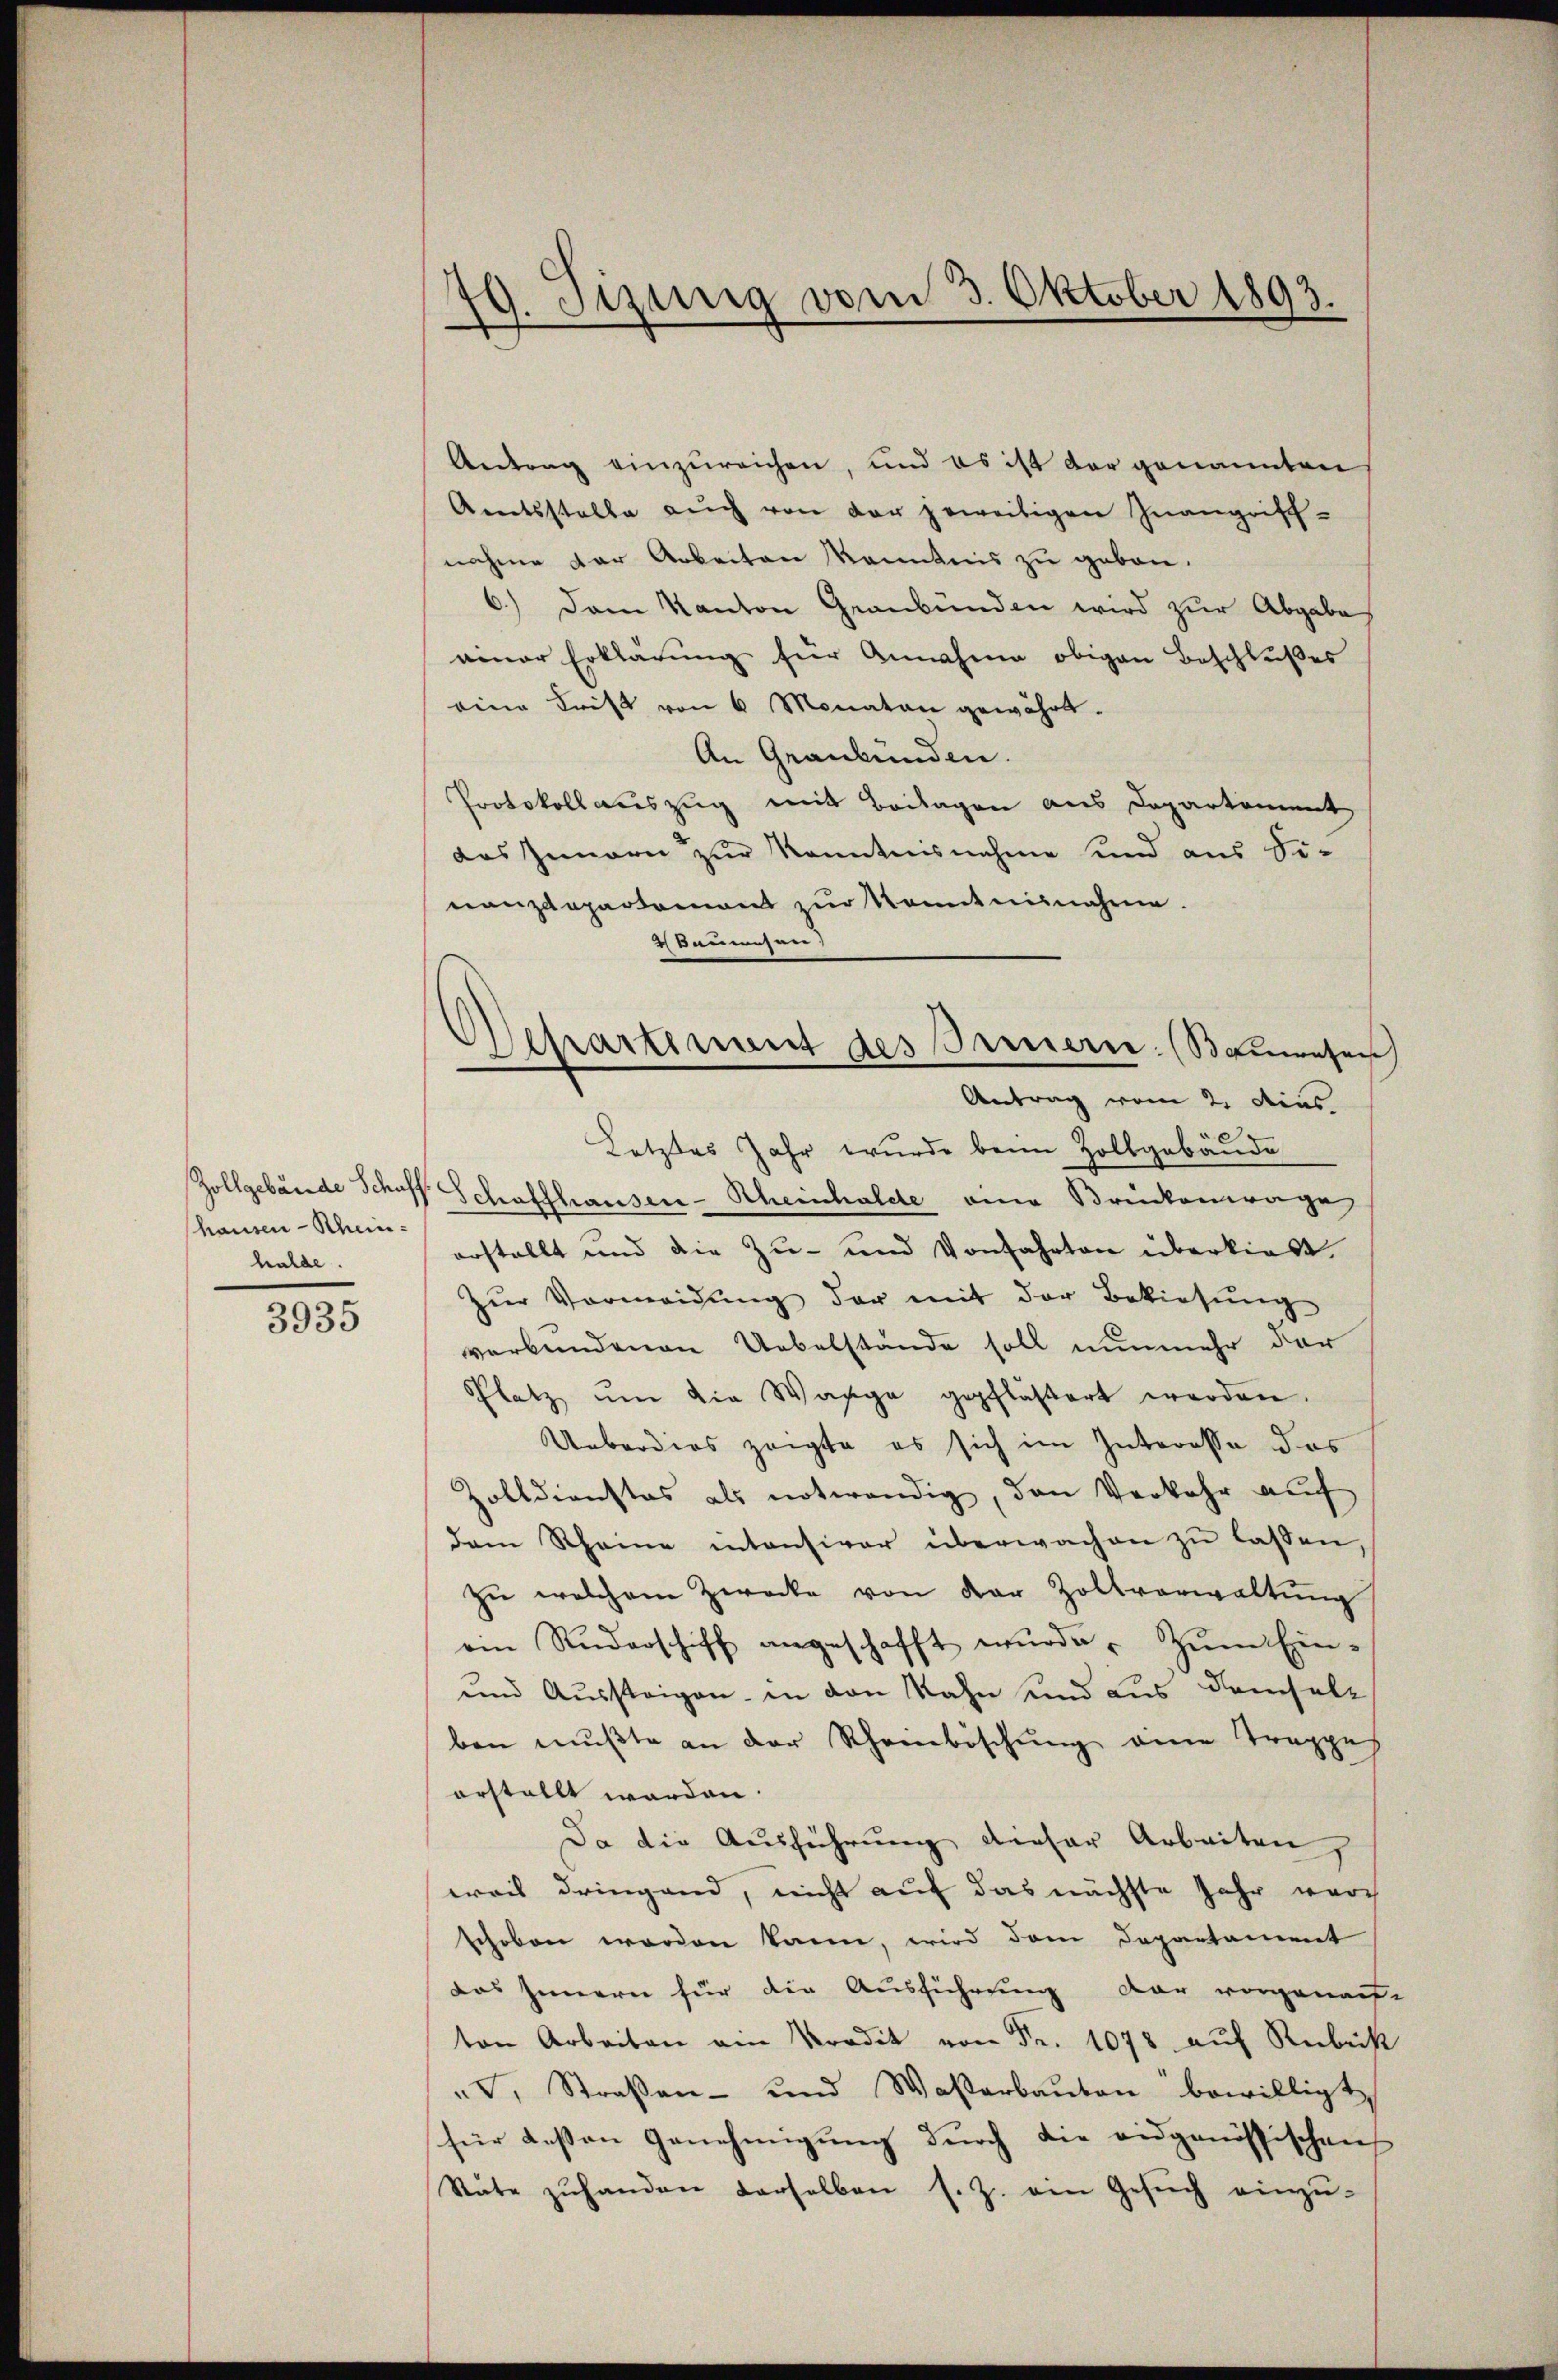
hausen - Scheinhalde.

3935

d
d. Sizung vom 3. Oktober 1893.

Antrag einzureichen, und es ist der genannten
Amtsstelle aŭch von der jeweitigen Inangrisch-
nahme der Arbeiten kanntnis zu geben.
6.) Dem Kanton Graubünden wird zur Abgabe
einer Erklärung für Annahme obigen Beschlußes
eine Frist von 6 Monaten gewährt.
An Graubünden.
Protokoll auszug mit Beilagen aus Departement
das Innern zur Kenntnisnahme und aus Sinanzdepartement zur Kenntnisnahme.
2 Baumeseer
Letztes Jahr wurde beim Zollgebäude
Zollgebäude Schoff Schaffhauser-Rheinhalde eine Brückenwage
erstellt und die Zu- und Vorfahrten überließt.
Zŭr Vermeidŭng der mit der Bekiesŭng
verbundenen Uebelstände soll nunmehr der
Platz ŭm die Wange gepflästert werden.
Ueberdies zeigte es sich im Interesse das
Zolldienstes als notwendig, den Verkehr auf
dam Rheine intensiver überwachen zŭ lassen,
zŭ welchem Zwecke von der Zollverwaltŭng
ein Ruderschiff angeschafft wŭrde. Zŭm Ein-
und Aussteigen in den Kahn und aus demsel
ben mŭβte an der Rheinböschung eine Trappe
erstellt worden.
Da die Ausführung dieser Arbeiten,
weis dringend, nicht auf das nächste Jahr wurch
schoben worden kann, wird dem Departament
das Innern für die Ausführung der vorgenauf
ton Arbeiten ein Kredit von Fr. 1078 auf Rubrik
", Straβen- und Waßerbaŭten bewilligt
für deßen Genehmigung durch die eidgenössischen
State zŭhanden derselben s. Z. ein Gesŭch einzŭ-

Departement des Innern. (Bauwesen
Antrag vom 2. dies